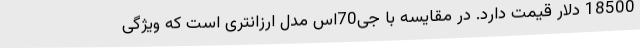
18500 دلار قیمت دارد. در مقایسه با جی70اس مدل ارزانتری است که ویژگی